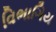
વિભાગિય